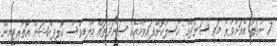
7 ނުވަތަ އެއަށްވުރެ މަތީ ސަނަދެއް ހާސިލުކޮށްފައިވުމާއެކު ސަނަދުތައް މޯލްޑިވްސް ކޮލިފިކޭޝަން އޮތޯރިޓީއިން